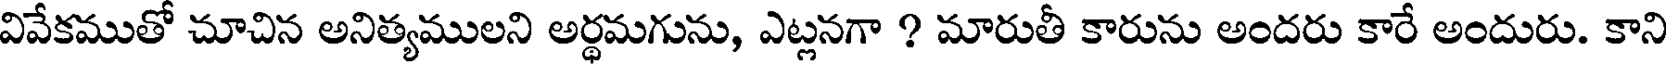
వివేకముతో చూచిన అనిత్యములని అర్థమగును, ఎట్లనగా ? మారుతీ కారును అందరు కారే అందురు. కాని